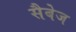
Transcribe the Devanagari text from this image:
सैबेज